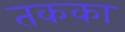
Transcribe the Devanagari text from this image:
तकका